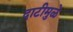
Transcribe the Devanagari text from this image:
दाटीमुळे